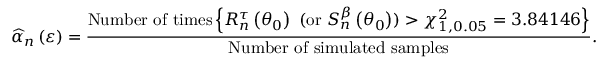
\widehat { \alpha } _ { n } \left( \varepsilon \right) = \frac { \mathrm { N u m b e r ~ o f ~ t i m e s } \left\{ R _ { n } ^ { \tau } \left( \theta _ { 0 } \right) \mathrm { ~ ( o r ~ } S _ { n } ^ { \beta } \left( \theta _ { 0 } \right) ) > \chi _ { 1 , 0 . 0 5 } ^ { 2 } = 3 . 8 4 1 4 6 \right\} } { \mathrm { N u m b e r ~ o f ~ s i m u l a t e d ~ s a m p l e s } } .